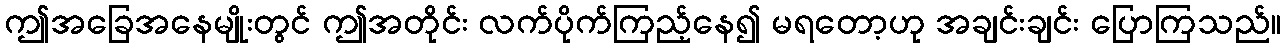
ဤအခြေအနေမျိုးတွင် ဤအတိုင်း လက်ပိုက်ကြည့်နေ၍ မရတော့ဟု အချင်းချင်း ပြောကြသည်။